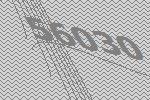
56030